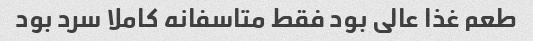
طعم غذا عالی بود فقط متاسفانه کاملا سرد بود